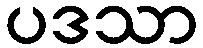
ပဒသာ